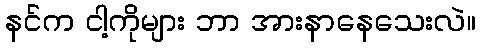
နင်က ငါ့ကိုများ ဘာ အားနာနေသေးလဲ။